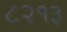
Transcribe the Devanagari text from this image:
८२१३